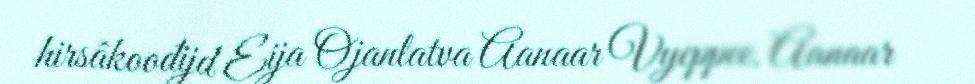
hirsâkoođijd Eija Ojanlatva Aanaar Vyeppee. Aanaar